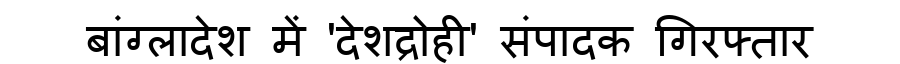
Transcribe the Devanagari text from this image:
बांग्लादेश में 'देशद्रोही' संपादक गिरफ्तार